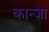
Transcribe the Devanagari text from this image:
कान्ज़ा